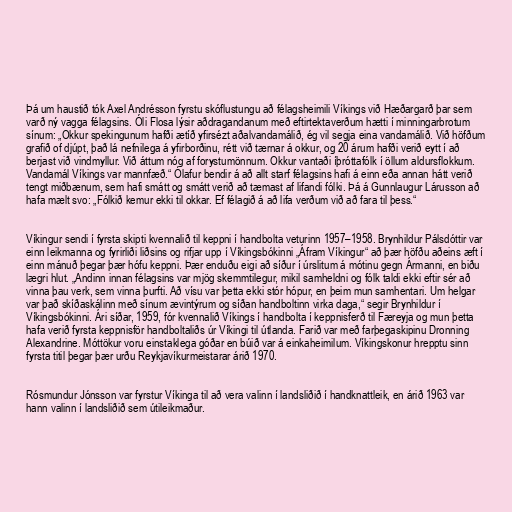
Þá um haustið tók Axel Andrésson fyrstu skóflustungu að félagsheimili Víkings við Hæðargarð þar sem
varð ný vagga félagsins. Óli Flosa lýsir aðdragandanum með eftirtektaverðum hætti í minningarbrotum
sínum: „Okkur spekingunum hafði ætíð yfirsézt aðalvandamálið, ég vil segja eina vandamálið. Við höfðum
grafið of djúpt, það lá nefnilega á yfirborðinu, rétt við tærnar á okkur, og 20 árum hafði verið eytt í að
berjast við vindmyllur. Við áttum nóg af forystumönnum. Okkur vantaði íþróttafólk í öllum aldursflokkum.
Vandamál Víkings var mannfæð.“ Ólafur bendir á að allt starf félagsins hafi á einn eða annan hátt verið
tengt miðbænum, sem hafi smátt og smátt verið að tæmast af lifandi fólki. Þá á Gunnlaugur Lárusson að
hafa mælt svo: „Fólkið kemur ekki til okkar. Ef félagið á að lifa verðum við að fara til þess.“

Víkingur sendi í fyrsta skipti kvennalið til keppni í handbolta veturinn 1957–1958. Brynhildur Pálsdóttir var
einn leikmanna og fyrirliði liðsins og rifjar upp í Víkingsbókinni „Áfram Víkingur“ að þær höfðu aðeins æft í
einn mánuð þegar þær hófu keppni. Þær enduðu eigi að síður í úrslitum á mótinu gegn Ármanni, en biðu
lægri hlut. „Andinn innan félagsins var mjög skemmtilegur, mikil samheldni og fólk taldi ekki eftir sér að
vinna þau verk, sem vinna þurfti. Að vísu var þetta ekki stór hópur, en þeim mun samhentari. Um helgar
var það skíðaskálinn með sínum ævintýrum og síðan handboltinn virka daga,“ segir Brynhildur í
Víkingsbókinni. Ári síðar, 1959, fór kvennalið Víkings í handbolta í keppnisferð til Færeyja og mun þetta
hafa verið fyrsta keppnisför handboltaliðs úr Víkingi til útlanda. Farið var með farþegaskipinu Dronning
Alexandrine. Móttökur voru einstaklega góðar en búið var á einkaheimilum. Víkingskonur hrepptu sinn
fyrsta titil þegar þær urðu Reykjavíkurmeistarar árið 1970.

Rósmundur Jónsson var fyrstur Víkinga til að vera valinn í landsliðið í handknattleik, en árið 1963 var
hann valinn í landsliðið sem útileikmaður.